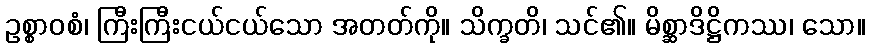
ဥစ္စာဝစံ၊ ကြီးကြီးငယ်ငယ်သော အတတ်ကို။ သိက္ခတိ၊ သင်၏။ မိစ္ဆာဒိဋ္ဌိကဿ၊ သော။